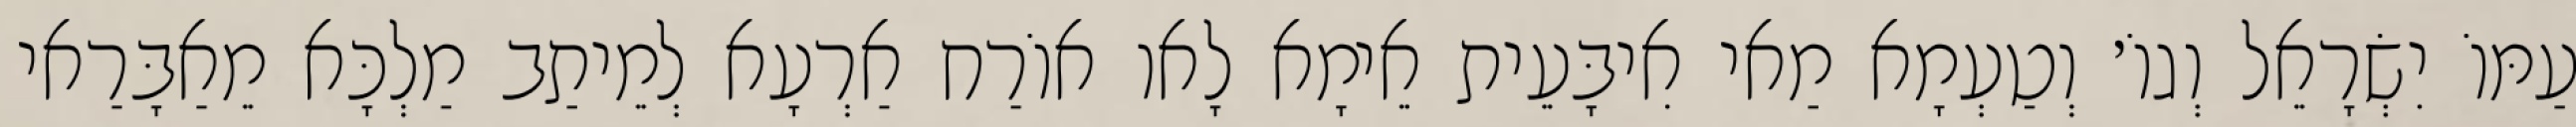
עַמּוֹ יִשְׂרָאֵל וְגוֹ׳ וְטַעְמָא מַאי אִיבָּעֵית אֵימָא לָאו אוֹרַח אַרְעָא לְמֵיתַב מַלְכָּא מֵאַבָּרַאי